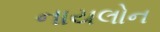
નાયલોન